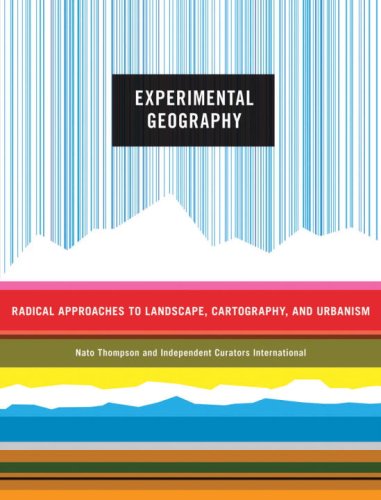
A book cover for Experimental Geography: Radical Approaches to Landscape, Cartography, and Urbanism; Nato Thompson; Arts & Photography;